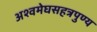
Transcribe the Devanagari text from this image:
अश्वमेघसहत्रपुण्य